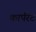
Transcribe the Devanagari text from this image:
कार्परेट